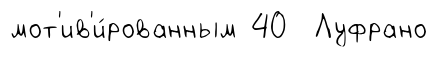
мот'ив'и́рованным 40 Луфрано